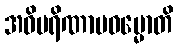
အဝိပရိဏာမဓမ္မောတိ